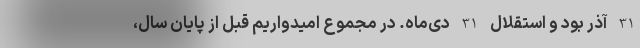
31 آذر بود و استقلال 31 دی‌ماه. در مجموع امیدواریم قبل از پایان سال،